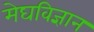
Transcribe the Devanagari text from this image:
मेघविज्ञान